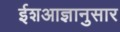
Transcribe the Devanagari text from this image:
ईशआज्ञानुसार